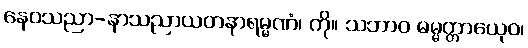
နေဝသညာ-နာသညာယတနာရမ္မဏံ၊ ကို။ သဘာဝ ဓမ္မတ္တာယေုဝ၊